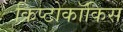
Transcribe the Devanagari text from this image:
क्रिप्टोकॉकिस